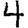
Digit: 4